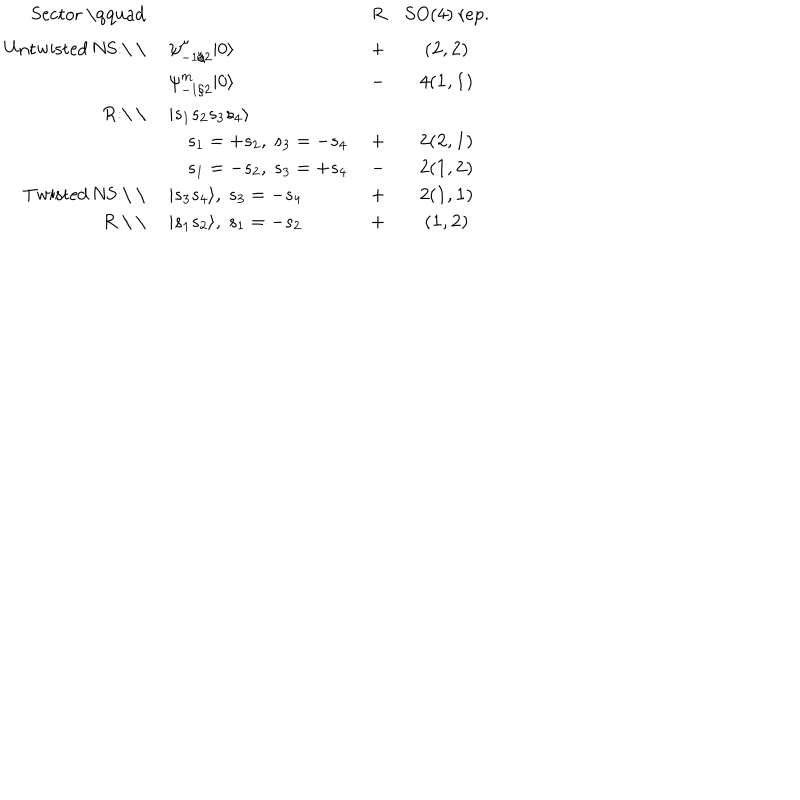
\begin{array} { r l c c } { { \mathrm { S e c t o r ~ \qquad ~ } } } & { { } } & { { R } } & { { S O ( 4 ) \mathrm { ~ r e p . } } } \\ { { \mathrm { U n t w i s t e d ~ N S : \ \ } } } & { { \psi _ { - 1 / 2 } ^ { \mu } | 0 \rangle } } & { { + } } & { { ( { \bf 2 } , { \bf 2 } ) } } \\ { { } } & { { \psi _ { - 1 / 2 } ^ { m } | 0 \rangle } } & { { - } } & { { 4 ( { \bf 1 } , { \bf 1 } ) } } \\ { { \mathrm { R : \ \ } } } & { { | s _ { 1 } s _ { 2 } s _ { 3 } s _ { 4 } \rangle } } & { { } } & { { } } \\ { { } } & { { \quad s _ { 1 } = + s _ { 2 } , \ s _ { 3 } = - s _ { 4 } \ } } & { { + } } & { { 2 ( { \bf 2 } , { \bf 1 } ) } } \\ { { } } & { { \quad s _ { 1 } = - s _ { 2 } , \ s _ { 3 } = + s _ { 4 } \ } } & { { - } } & { { 2 ( { \bf 1 } , { \bf 2 } ) } } \\ { { \mathrm { T w i s t e d ~ N S : \ \ } } } & { { | s _ { 3 } s _ { 4 } \rangle , \ s _ { 3 } = - s _ { 4 } } } & { { + } } & { { 2 ( { \bf 1 } , { \bf 1 } ) } } \\ { { \mathrm { R : \ \ } } } & { { | s _ { 1 } s _ { 2 } \rangle , \ s _ { 1 } = - s _ { 2 } } } & { { + } } & { { ( { \bf 1 } , { \bf 2 } ) } } \\ \end{array}